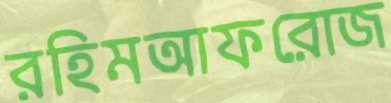
রহিমআফরোজ